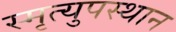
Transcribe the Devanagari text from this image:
स्मृत्युपस्थान